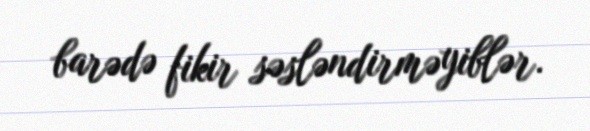
barədə fikir səsləndirməyiblər.